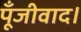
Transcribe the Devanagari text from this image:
पूँजीवाद।